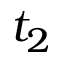
t _ { 2 }